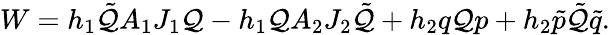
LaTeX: W=h_{1}\tilde{\cal Q}A_{1}J_{1}{\cal Q}-h_{1}{\cal Q}A_{2}J_{2}\tilde{\cal Q}+h_{2}q{\cal Q}p+h_{2}\tilde{p}\tilde{\cal Q}\tilde{q}.